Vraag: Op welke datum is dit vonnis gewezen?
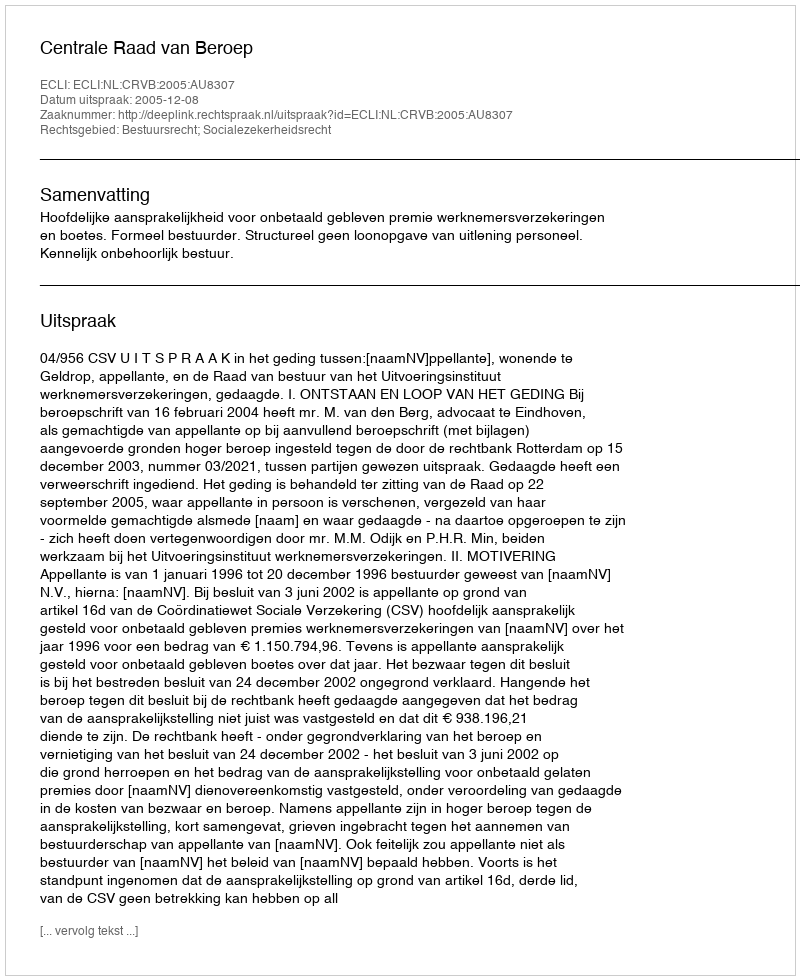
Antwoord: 2005-12-08